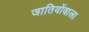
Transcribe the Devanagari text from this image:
जातियोंवाला